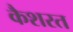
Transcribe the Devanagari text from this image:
कैशरत